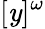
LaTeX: [\mathit{y}]^{\omega}